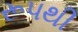
રૂપથી